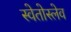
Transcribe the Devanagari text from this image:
स्वेतोस्लेव